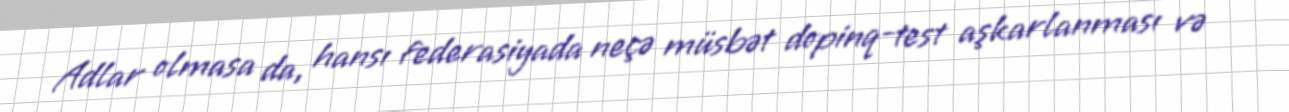
Adlar olmasa da, hansı federasiyada neçə müsbət dopinq-test aşkarlanması və